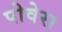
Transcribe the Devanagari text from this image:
पोवेरा